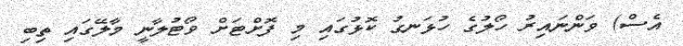
އެސް) ވަންނައިރު ހޯލުގެ ހުޅަނގު ކޮޅުގައި މި ފޮށްޓަށް ވޯޓުލާނީ މާލޭގައި ތިބި